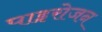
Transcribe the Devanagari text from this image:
पाइरोजन